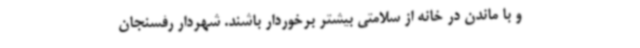
و با ماندن در خانه از سلامتی بیشتر برخوردار باشند. شهردار رفسنجان